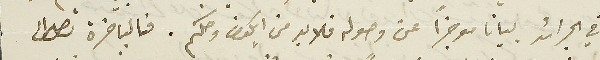
في الجرائد بيانا موجزًا عن وصوله فلا بد من ايكون وصلكم. فالباخرة تصل الى